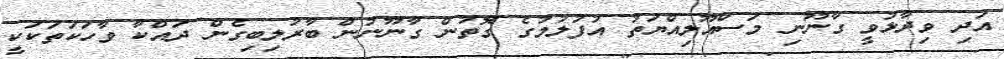
އަދި ވިދާޅުވީ ގާނޫނި މަސްއޫލިއްޔަތު އުފުލުމުގެ ގޮތުން ގާނޫނުން ބާރުލިބިގެން ދައްކާ ވާހަކަތަކަކީ